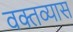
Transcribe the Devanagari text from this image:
वक्तव्यास